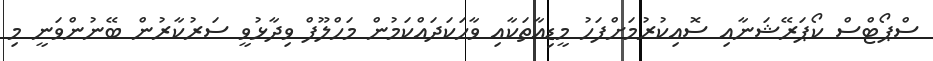
ސްޕޯޓްސް ކޯޕަރޭޝަނާއި ސޮއިކުރުމަށްފަހު މީޑިއާތަކާއި ވާހަކަދައްކަމުން މަހްލޫފް ވިދާޅުވީ ސަރުކާރުން ބޭނުންވަނީ މި